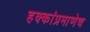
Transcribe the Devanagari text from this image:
हक्कांप्रमाणेच